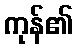
ကုန်၏